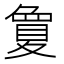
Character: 𡕷